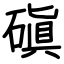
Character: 磌